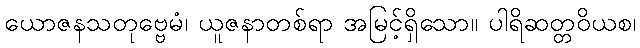
ယောဇနသတုဗ္ဗေမံ၊ ယူဇနာတစ်ရာ အမြင့်ရှိသော။ ပါရိဆတ္တဝိယစ၊